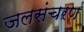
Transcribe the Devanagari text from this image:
जलसंचरण